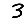
Digit: 3